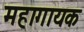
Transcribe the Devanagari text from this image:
महागायक